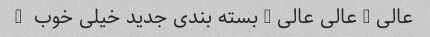
عالی … عالی عالی … بسته بندی جدید خیلی خوب ‌ …